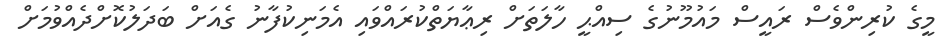
މީގެ ކުރިންވެސް ރައީސް މައުމޫނުގެ ސިއްޙީ ހާލަތަށް ރިޢާޔަތްކުރައްވައި އެމަނިކުފާނު ގެއަށް ބަދަލުކޮށްދެއްވުމަށް